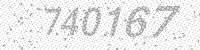
Solution: 740167